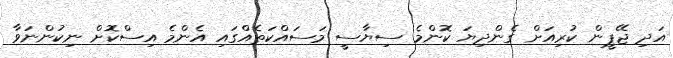
އަދި ޖޭޕީން ކުރިއަށް ގެންދިޔަ ކޮންމެ ސިޔާސީ މަސައްކަތެއްގައި އެންމެ އިސްކޮށް ނިކުންނަވާ